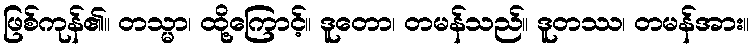
ဖြစ်ကုန်၏။ တသ္မာ၊ ထို့ကြောင့်။ ဒူတော၊ တမန်သည်။ ဒူတဿ၊ တမန်အား။